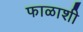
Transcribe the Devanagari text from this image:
फाळाशी